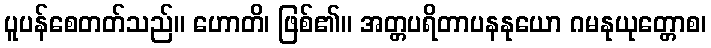
ပူပန်စေတတ်သည်။ ဟောတိ၊ ဖြစ်၏။ အတ္တပရိတာပနနုယော ဂမနုယုတ္တောစ၊